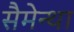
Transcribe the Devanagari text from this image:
सैमेन्था